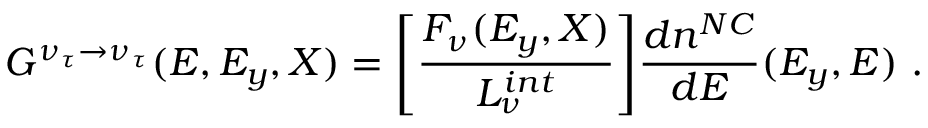
G ^ { \nu _ { \tau } \rightarrow \nu _ { \tau } } ( E , E _ { y } , X ) = \Biggl [ { \frac { F _ { \nu } ( E _ { y } , X ) } { { \cal L } _ { \nu } ^ { i n t } } } \Biggr ] { \frac { d n ^ { N C } } { d E } } ( E _ { y } , E ) \ .